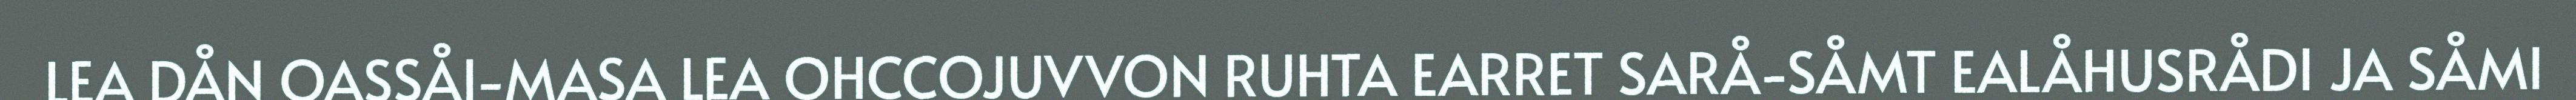
LEA DÅN OASSÅI-MASA LEA OHCCOJUVVON RUHTA EARRET SARÅ-SÅMT EALÅHUSRÅDI JA SÅMI